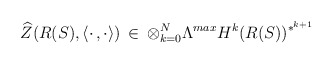
\begin{align*}\widehat{Z}(R(S),\langle\cdot\,,\cdot\rangle)\,\in\,\otimes_{k=0}^N\Lambda^{max}H^k(R(S))^{*^{k+1}} \end{align*}